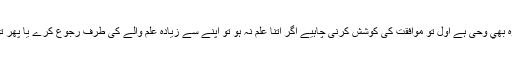
کیو ں کہ وہ بھي وحی ہے اول تو موافقت کی کوشش کرنی چاہیے اگر اتنا علم نہ ہو تو اپنے سے زیادہ علم والے کی طرف رجوع کرے یا پھر توقف کرے۔